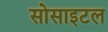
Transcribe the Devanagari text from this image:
सोसाइटल